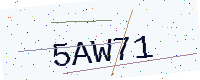
Text: 5AW71